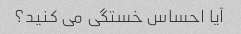
آیا احساس خستگی می کنید؟